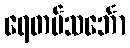
ရေတပ်သင်္ဘော